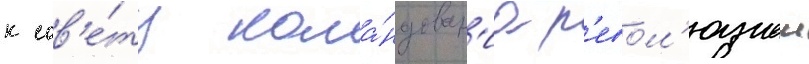
к сов'е́ту кома́ндован'иа р'евол'юциеи